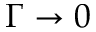
\Gamma \rightarrow 0